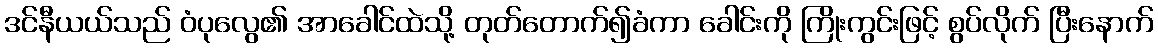
ဒင်နီယယ်သည် ဝံပုလွေ၏ အာခေါင်ထဲသို့ တုတ်တောက်၍ခံကာ ခေါင်းကို ကြိုးကွင်းဖြင့် စွပ်လိုက် ပြီးနောက်